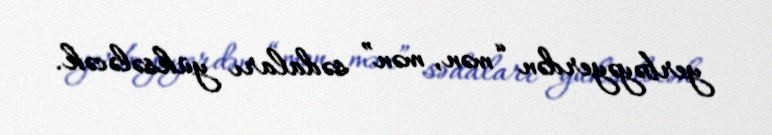
yerbəyəyerdən “mən, mən” sədaları yüksələcək.